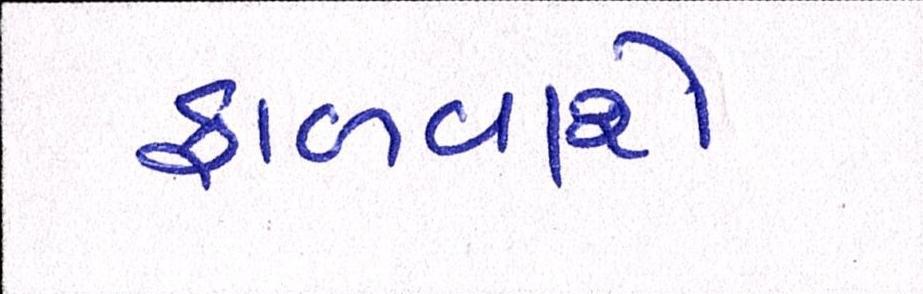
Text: ફાળવાશે